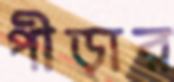
পীড়ার